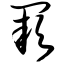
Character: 缺